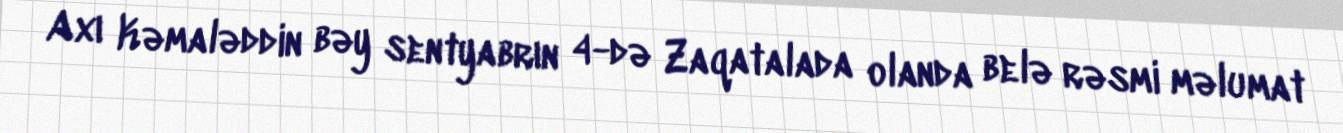
Axı Kəmaləddin bəy sentyabrın 4-də Zaqatalada olanda belə rəsmi məlumat